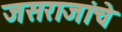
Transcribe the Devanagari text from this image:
जसराजांचे